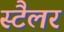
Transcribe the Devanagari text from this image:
स्टैलर